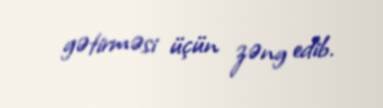
gətirməsi üçün zəng edib.